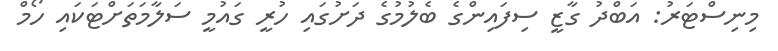
މިނިސްޓަރު: އަބްދު ގާޒީ ސިފައިންގެ ބެލުމުގެ ދަށުގައި ހުރީ ގައުމީ ސަލާމަތަށްޓަކައި ހޯމް